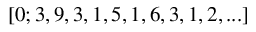
[ 0 ; 3 , 9 , 3 , 1 , 5 , 1 , 6 , 3 , 1 , 2 , . . . ]